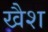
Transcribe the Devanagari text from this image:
खैश